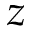
z